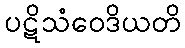
ပဋိသံဝေဒိယတိ